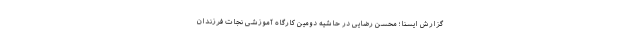
گزارش ایسنا؛ محسن رضایی در حاشیه دومین کارگاه آموزشی نجات فرزندان